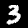
Digit: 3